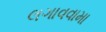
લગાવવામા